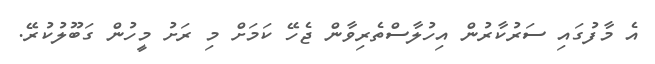
އެ މާފުގައި ސަރުކާރުން އިހުލާސްތެރިވާން ޖެހޭ ކަމަށް މި ރަށު މީހުން ގަބޫލުކުރޭ.